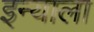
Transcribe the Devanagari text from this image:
इन्याला